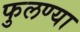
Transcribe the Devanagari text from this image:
फुलण्या